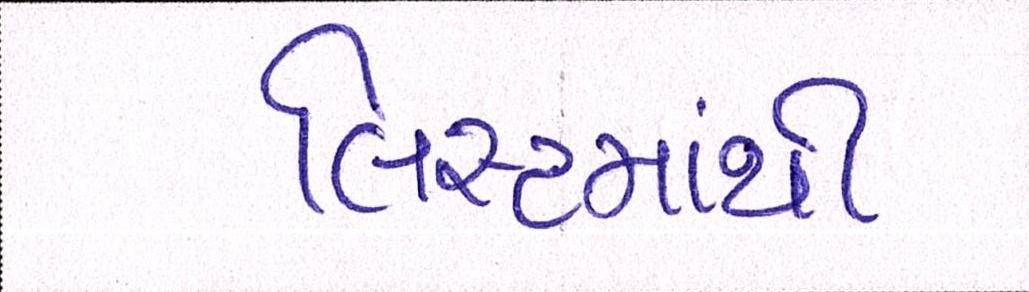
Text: લિસ્ટમાંથી